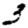
Digit: 3